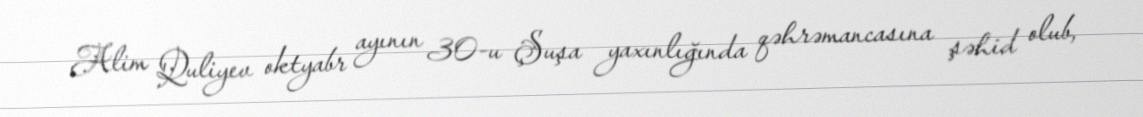
Alim Quliyev oktyabr ayının 30-u Şuşa yaxınlığında qəhrəmancasına şəhid olub,